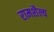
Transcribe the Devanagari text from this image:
रामशैल्य